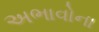
અભાવોના